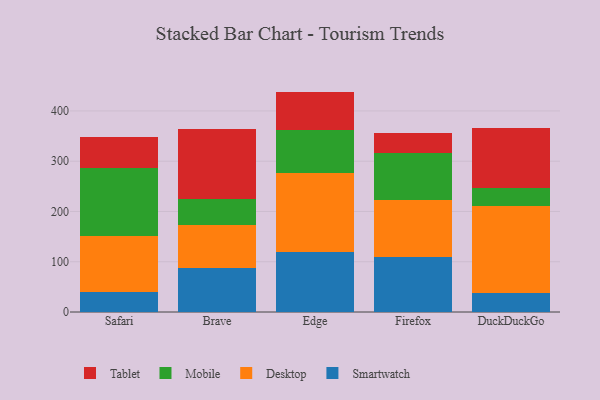
{"axis": {"x": "Browser", "y": "Market Share (%)"}, "legend": ["Desktop", "Mobile", "Smartwatch", "Tablet"], "data": [{"x": "Safari", "y": 40.4, "type": "Smartwatch"}, {"x": "Safari", "y": 111.8, "type": "Desktop"}, {"x": "Safari", "y": 134.5, "type": "Mobile"}, {"x": "Safari", "y": 60.8, "type": "Tablet"}, {"x": "Brave", "y": 88.4, "type": "Smartwatch"}, {"x": "Brave", "y": 84.5, "type": "Desktop"}, {"x": "Brave", "y": 52.4, "type": "Mobile"}, {"x": "Brave", "y": 137.9, "type": "Tablet"}, {"x": "Edge", "y": 118.6, "type": "Smartwatch"}, {"x": "Edge", "y": 158.4, "type": "Desktop"}, {"x": "Edge", "y": 86.0, "type": "Mobile"}, {"x": "Edge", "y": 75.5, "type": "Tablet"}, {"x": "Firefox", "y": 110.2, "type": "Smartwatch"}, {"x": "Firefox", "y": 113.2, "type": "Desktop"}, {"x": "Firefox", "y": 93.3, "type": "Mobile"}, {"x": "Firefox", "y": 39.0, "type": "Tablet"}, {"x": "DuckDuckGo", "y": 36.9, "type": "Smartwatch"}, {"x": "DuckDuckGo", "y": 174.9, "type": "Desktop"}, {"x": "DuckDuckGo", "y": 35.9, "type": "Mobile"}, {"x": "DuckDuckGo", "y": 119.3, "type": "Tablet"}]}